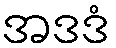
အဒဒံ